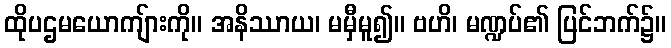
ထိုပဌမယောကျ်ားကို။ အနိဿာယ၊ မမှီမူ၍။ ဗဟိ၊ မဏ္ဍပ်၏ ပြင်ဘက်၌။